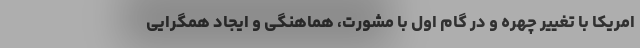
امریکا با تغییر چهره و در گام اول با مشورت، هماهنگی و ایجاد همگرایی